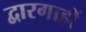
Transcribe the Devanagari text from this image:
द्वारगाहों